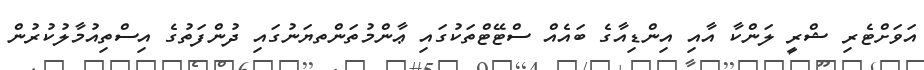
އަވަށްޓެރި ޝްރީ ލަންކާ އާއި އިންޑިއާގެ ބައެއް ސްޓޭޓްތަކުގައި ޢާންމުތަންތޔަނުގައި ދުންފަތުގެ އިސްތިއުމާލުކުރުން